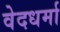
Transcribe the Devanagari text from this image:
वेदधर्मा